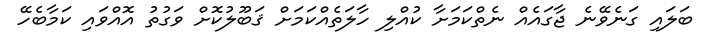
ބަލައި ގަނެވޭނެ ޖާގައެއް ނެތްކަމަށާ ކުއްލި ހާލަތެއްކަމަށް ޤަބޫލުކޮށް ވަގުތު އޮއްވައި ކަމާބެހޭ